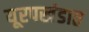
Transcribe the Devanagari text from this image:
यूरपखंडात